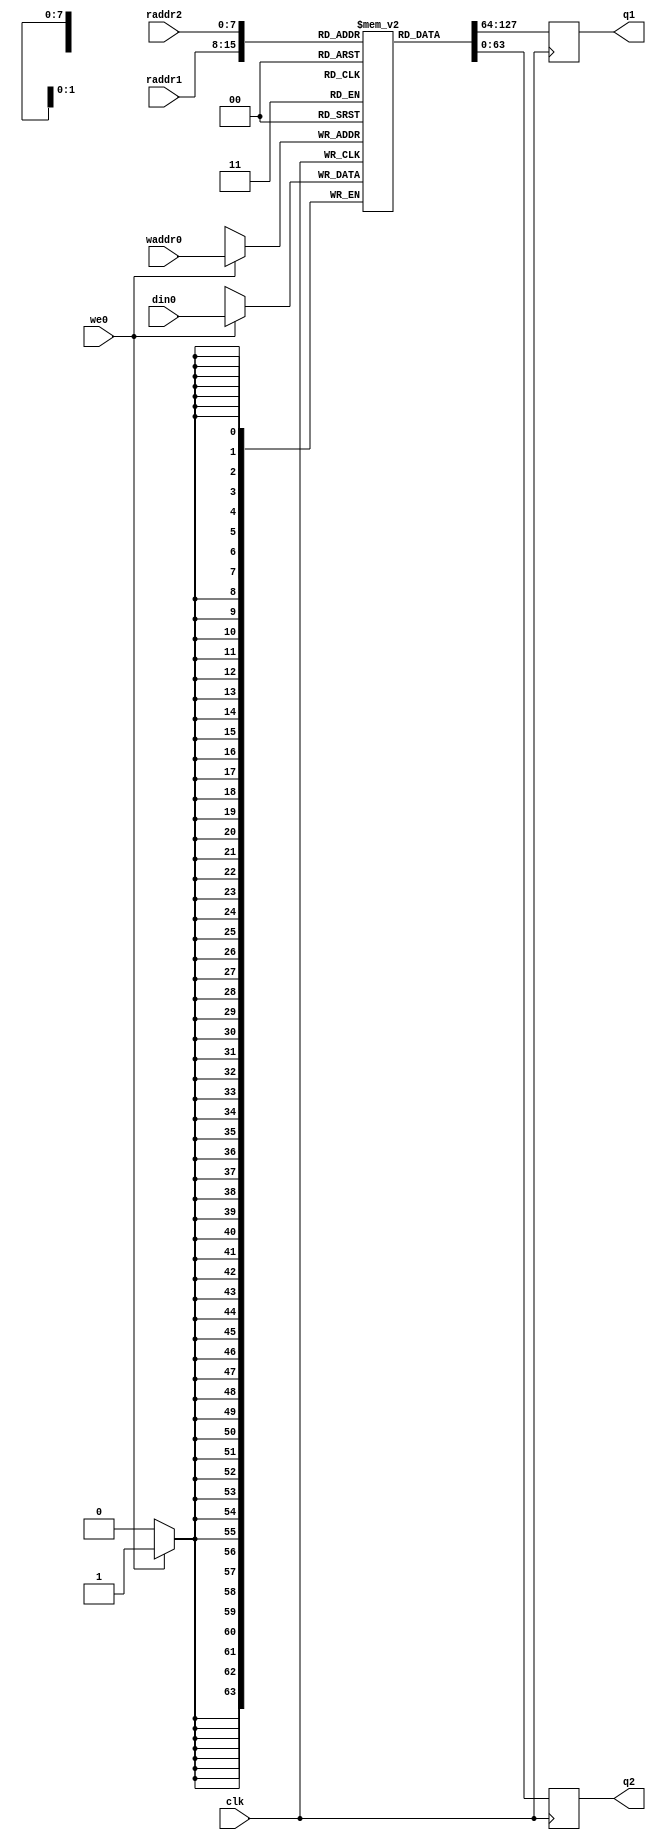


module mem2
    (input                clk
     ,input [7:0]         waddr0
     ,input               we0
     ,input [63:0]        din0
     ,input [7:0]         raddr1
     ,output reg [63:0]   q1
     ,input [7:0]         raddr2
     ,output reg [63:0]   q2
     );

   reg [63:0] rf[255:0];

   always @(posedge clk) begin
     q1 <= rf[raddr1];
     q2 <= rf[raddr2];
     if (we0) begin
       rf[waddr0] <= din0;
     end
   end

endmodule